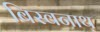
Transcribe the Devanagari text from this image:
बिस्वनाथ